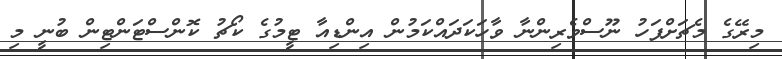
މިރޭގެ މެޗަށްފަހު ނޫސްވެރިންނާ ވާހަކަދައްކަމުން އިންޑިއާ ޓީމުގެ ކޯޗު ކޮންސްޓަންޓިން ބުނީ މި